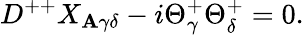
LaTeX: D^{++}X_{\mathbf{A}\gamma\delta}-i\Theta_{\gamma}^{+}\Theta_{\delta}^{+}=0.